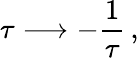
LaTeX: \tau\longrightarrow-\frac{1}{\tau}\, ,